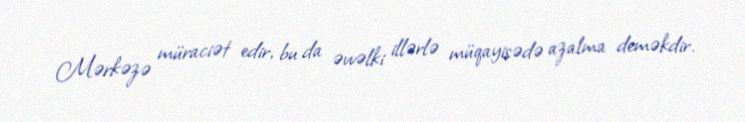
Mərkəzə müraciət edir, bu da əvvəlki illərlə müqayisədə azalma deməkdir.